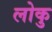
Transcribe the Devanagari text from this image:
लोकु